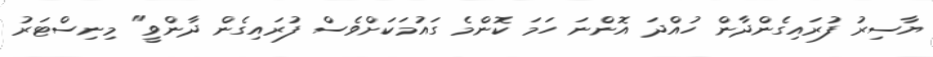
ޔާސިރު ފުރައިގެންދާން ހުއްދަ އޮންނަ ހަމަ ކޮންމެ ގައުމަކަށްވެސް ފުރައިގެން ދާންވީ" މިނިސްޓަރު